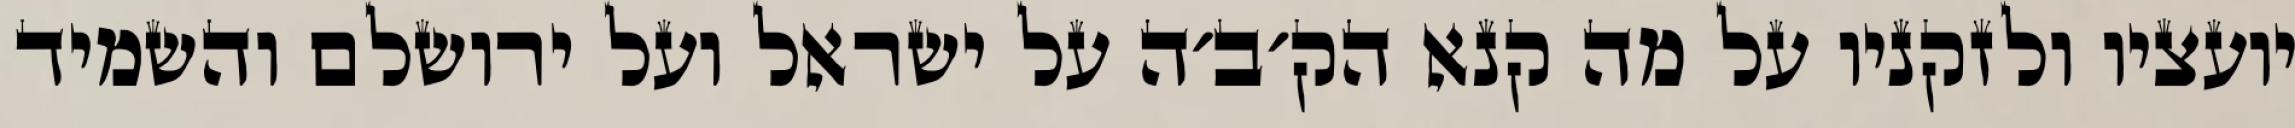
יועציו ולזקניו על מה קנא הק׳ב׳ה על ישראל ועל ירושלם והשמיד